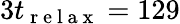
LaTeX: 3t_{\mathrm{~r~e~l~a~x~}}=129